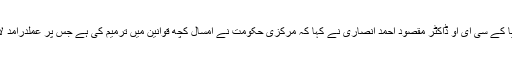
حج کمیٹی آف انڈیا کے سی ای او ڈاکٹر مقصود احمد انصاری نے کہا کہ مرکزی حکومت نے امسال کچھ قوانین میں ترمیم کی ہے جس پر عملدرآمد لازمی قراردیا گیا۔